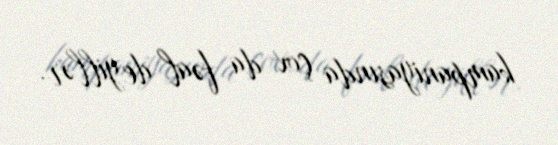
kampaniyasında çox da fəal deyillər.